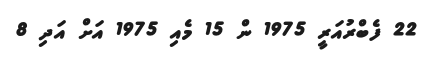
22 ފެބްރުއަރީ 1975 ން 15 މެއި 1975 އަށް އަދި 8